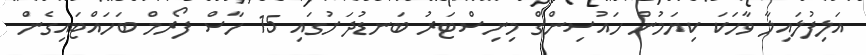
އަލިފުލައިލާ ވާހަކަ ކިޔަމުން ހައުސިންގް މިނިސްޓަރު ބަނޑުދަށުގައި 15 ހާސް ފޯރމް ބަހައްޓައިގެން